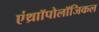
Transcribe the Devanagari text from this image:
एंथ्राॉपोलॉजिकल